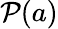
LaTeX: {\mathcal{P}}(a)